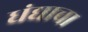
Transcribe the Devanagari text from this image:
धंद्याचा